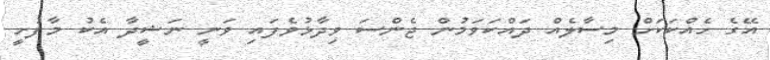
އޭގެ ހެއްކަކަށް މިސާލެއް ދައްކަވަމުން ޖެންސަ ވިދާޅުވެފައި ވަނީ ނަޝީދާ އެކު މާފުށީ